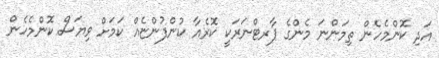
އަދި ކޮންމެހެން ތިމަންނަ މެންގެ ޕާރޓްނަރަކީ ކޮރެއާ ކުންފުންޏެއް ކަމަށް ވިޔަސް ކޮންމެހެން